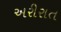
અરીરાત